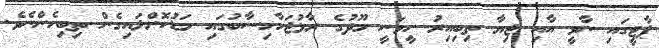
ޕާޓީގައި ނާވީ އާއި ޖިޔާ ތިބިއިރު ހީވަނީ މޫދުގެ ރާޅުޖަހާހިސާބުގައި މަޑުކޮށްލައިގެން ތިބިހެންނެވެ.